Problem: 9 × 6 = ?
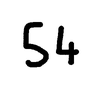
Handwritten answer: 54